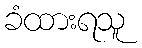
ခံထားရသူ